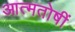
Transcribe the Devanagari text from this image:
आत्मतोषीं